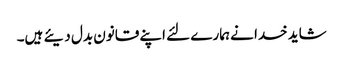
شاید خدا نے ہمارے لئے اپنے قانون بدل دیئے ہیں۔